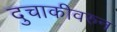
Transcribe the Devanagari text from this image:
दुचाकीवरुन